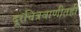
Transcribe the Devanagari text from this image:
दूरचित्रवाणीतही